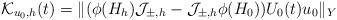
LaTeX: \begin{align*}\mathcal{K}_{u_0,h}(t)=\|(\phi(H_h)\mathcal{J}_{\pm,h}-\mathcal{J}_{\pm,h} \phi(H_0))U_0(t)u_0\|_Y\end{align*}